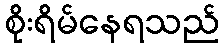
စိုးရိမ်နေရသည်